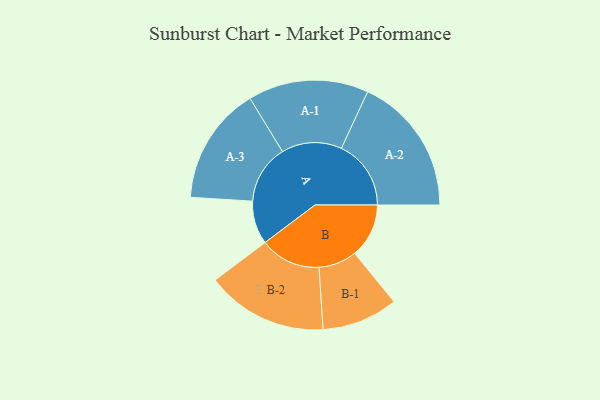
{"axis": {"x": "Segment", "y": "Value"}, "legend": ["", "A", "B"], "data": [{"x": "A", "y": 166, "type": ""}, {"x": "B", "y": 208, "type": ""}, {"x": "A-1", "y": 231, "type": "A"}, {"x": "A-2", "y": 267, "type": "A"}, {"x": "A-3", "y": 226, "type": "A"}, {"x": "B-1", "y": 146, "type": "B"}, {"x": "B-2", "y": 233, "type": "B"}]}